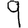
Digit: 9